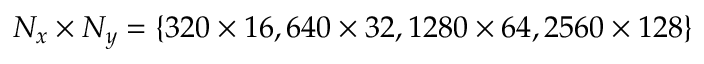
N _ { x } \times N _ { y } = \{ 3 2 0 \times 1 6 , 6 4 0 \times 3 2 , 1 2 8 0 \times 6 4 , 2 5 6 0 \times 1 2 8 \}